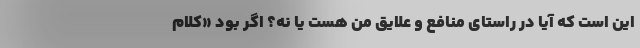
این است که آیا در راستای منافع و علایق من هست یا نه؟ اگر بود «کلام